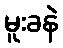
မူးခနဲ